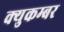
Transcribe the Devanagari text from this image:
क्युकम्बर